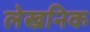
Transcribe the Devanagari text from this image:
लेखनिक